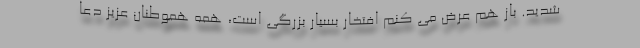
شدید. باز هم عرض می کنم افتخار بسیار بزرگی است، همه هموطنان عزیز دعا